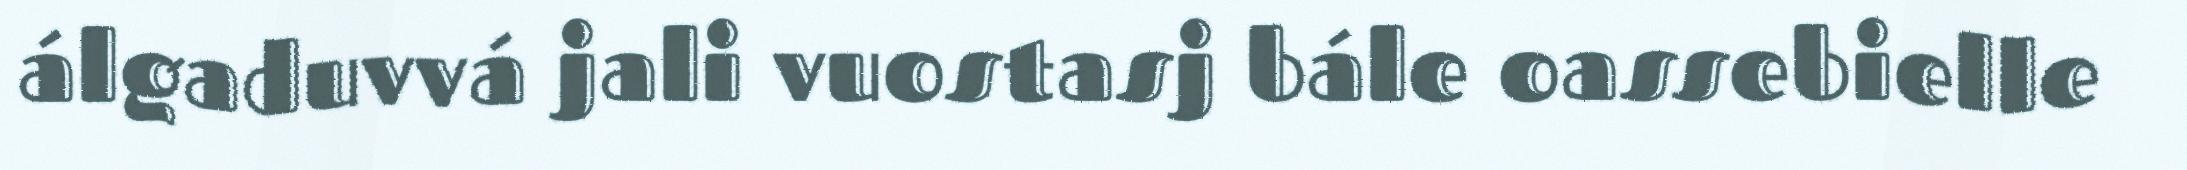
álgaduvvá jali vuostasj bále oassebielle